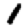
Digit: 1